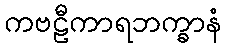
ကဗဠီကာရဘက္ခာနံ